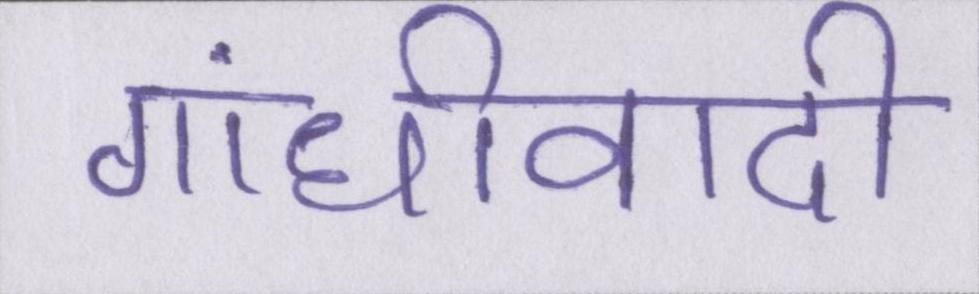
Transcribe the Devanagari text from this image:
गांधीवादी